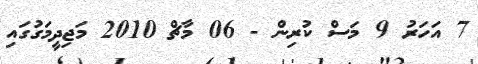
7 އަހަރު 9 މަސް ކުރިން - 06 މާޗް 2010 މަޖިދީމަގުގައި